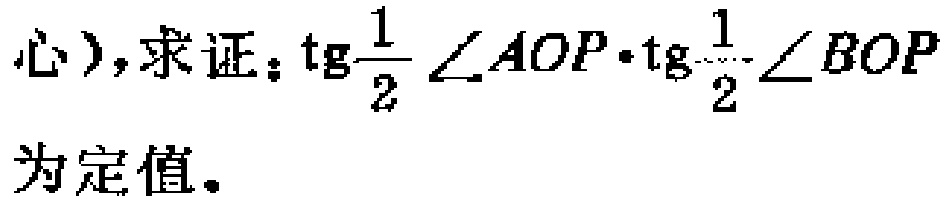
心），求证：\(\mathrm{tg}\frac{1}{2}\angle AOP\cdot\mathrm{tg}\frac{1}{2}\angle BOP\)为定值。